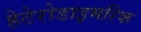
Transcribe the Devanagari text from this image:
हेटेरोडाइमरिक